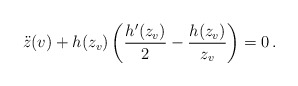
\begin{align*}\ddot z (v) + h(z_v) \left( {{h'(z_v)}\over 2} - {{h(z_v)}\over {z_v}}\right) =0 \, .\end{align*}